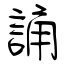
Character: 誦